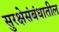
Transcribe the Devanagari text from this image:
सुरक्षेसंबंधातील